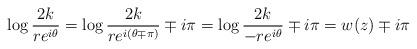
LaTeX: \begin{gather*}\log \frac{2k}{re^{i\theta}} = \log\frac{2k}{re^{i(\theta \mp \pi)}} \mp i\pi= \log\frac{2k}{-re^{i\theta}} \mp i\pi = w(z) \mp i\pi\end{gather*}